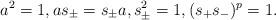
LaTeX: \begin{align*} a^{2}=1,as_{\pm} = s_{\pm} a, s^{2}_{\pm} =1, (s_{+}s_{-})^{p}=1. \end{align*}